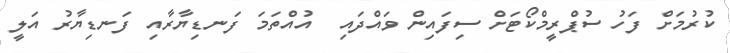
ކުރުމަށް ފަހު ސުޕްރީމްކޯޓަށް ސިފައިން ވައްދައި  އުއްތަމަ ފަނޑިޔާރާއި ފަނޑިޔާރު އަލީ